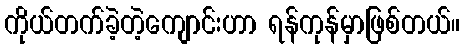
ကိုယ်တက်ခဲ့တဲ့ကျောင်းဟာ ရန်ကုန်မှာဖြစ်တယ်။